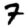
Digit: 7